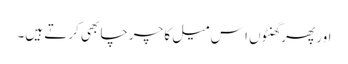
اور پھر گھنٹوں ا س میل کا چرچا بھی کرتے ہیں۔